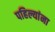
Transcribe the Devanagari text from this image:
पहिल्यांना